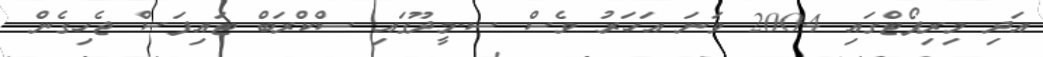
އަދި މިރިޕޯޓްގައި 2004 ވަނަ އަހަރު ވެސް ސ.މީދޫގައި ސްކްރަބް ޓައިފަސް ޖެހިގެން